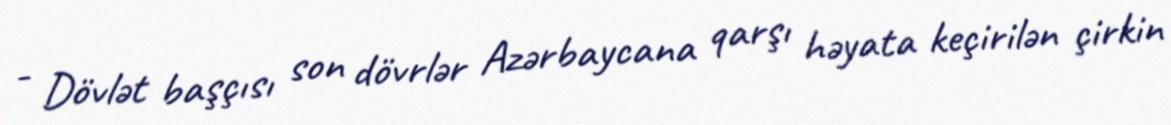
- Dövlət başçısı son dövrlər Azərbaycana qarşı həyata keçirilən çirkin